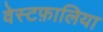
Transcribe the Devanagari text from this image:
वेस्टफ़ालिया